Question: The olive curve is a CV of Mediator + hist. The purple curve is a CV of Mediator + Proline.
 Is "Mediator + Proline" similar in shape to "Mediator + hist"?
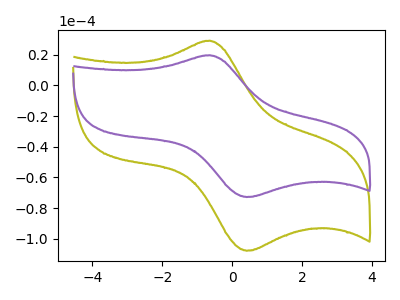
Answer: <think>The olive curve "Mediator + hist" has an anodic peak at (-0.65V, 29.25uA) and a cathodic peak at (0.40V, -107.90uA). The purple curve "Mediator + Proline" has an anodic peak at (-0.65V, 19.75uA) and a cathodic peak at (0.40V, -72.85uA).
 All the peaks in "Mediator + Proline" have a peak in "Mediator + hist" at the same potential. Every peak in "Mediator + Proline" is lower than every peak in "Mediator + hist".</think>
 <answer>"Mediator + Proline" and "Mediator + hist" are similar in shape.</answer>
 <eval>same_shape</eval>